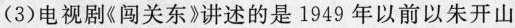
(3) 电视剧《闯关东》讲述的是 1949 年以前以朱开山